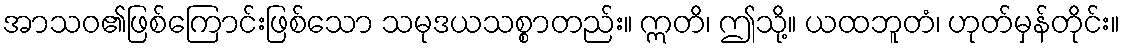
အာသဝ၏ဖြစ်ကြောင်းဖြစ်သော သမုဒယသစ္စာတည်း။ ဣတိ၊ ဤသို့။ ယထဘူတံ၊ ဟုတ်မှန်တိုင်း။